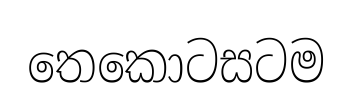
තෙකොටසටම